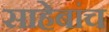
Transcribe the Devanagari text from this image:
साहेबांच